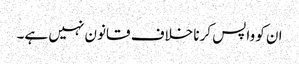
ان کو واپس کرنا خلاف قانون نہیں ہے۔